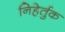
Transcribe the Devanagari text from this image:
निहेर्तुक